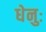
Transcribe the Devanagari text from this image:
धेनुः